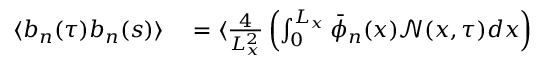
\begin{array} { r l } { \langle b _ { n } ( \tau ) b _ { n } ( s ) \rangle } & { { } = \langle \frac { 4 } { L _ { x } ^ { 2 } } \left( \int _ { 0 } ^ { L _ { x } } \bar { \phi } _ { n } ( x ) \mathcal { N } ( x , \tau ) d x \right) } \end{array}